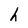
Character: h